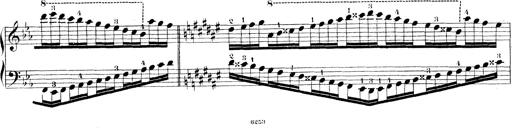
Title: Technische Studien
Composer: Franz Liszt